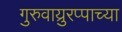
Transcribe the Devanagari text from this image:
गुरुवाय्रुरप्पाच्या